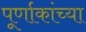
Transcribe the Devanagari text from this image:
पूर्णाकांच्या